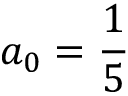
a _ { 0 } = \frac { 1 } { 5 }